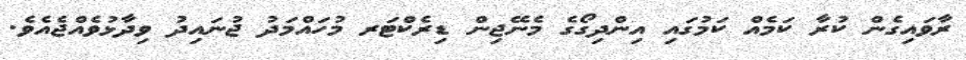
ރާވައިގެން ކުރާ ކަމެއް ކަމުގައި އިންދިގޯގެ މެނޭޖިން ޑިރެކްޓަރ މުހައްމަދު ޖުނައިދު ވިދާޅުވެއްޖެއެވެ.